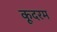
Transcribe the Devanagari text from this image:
कूदरम